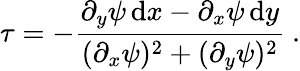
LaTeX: \tau=-\frac{\partial_{y}\psi\, \mathrm{d}x-\partial_{x}\psi\, \mathrm{d}y}{(\partial_{x}\psi)^{2}+(\partial_{y}\psi)^{2}}\ .